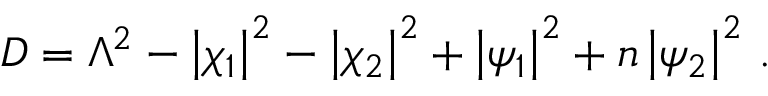
D = \Lambda ^ { 2 } - \left| \chi _ { 1 } \right| ^ { 2 } - \left| \chi _ { 2 } \right| ^ { 2 } + \left| \psi _ { 1 } \right| ^ { 2 } + n \left| \psi _ { 2 } \right| ^ { 2 } \, .